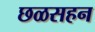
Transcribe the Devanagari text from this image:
छळसहन